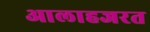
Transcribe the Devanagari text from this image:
आलाहजरत